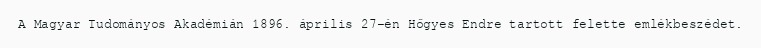
A Magyar Tudományos Akadémián 1896. április 27-én Hőgyes Endre tartott felette emlékbeszédet.